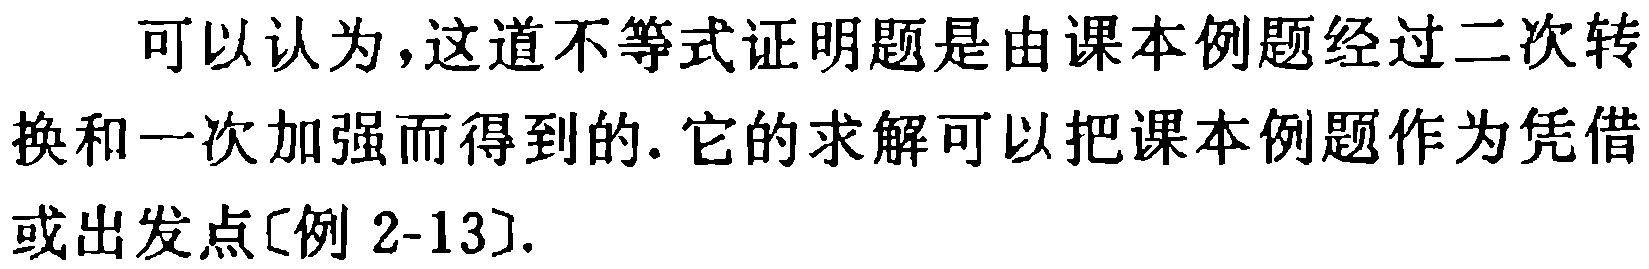
可以认为，这道不等式证明题是由课本例题经过二次转换和一次加强而得到的. 它的求解可以把课本例题作为凭借或出发点[例 2-13].